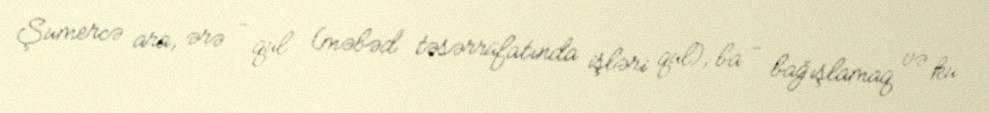
Şumercə ara, ərə – qul (məbəd təsərrüfatında işləri qul), ba – bağışlamaq və ku